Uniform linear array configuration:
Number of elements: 16
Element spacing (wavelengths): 1
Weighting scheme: exponential
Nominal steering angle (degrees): -15
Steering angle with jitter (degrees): -15.708
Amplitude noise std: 0.05
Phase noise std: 0.05

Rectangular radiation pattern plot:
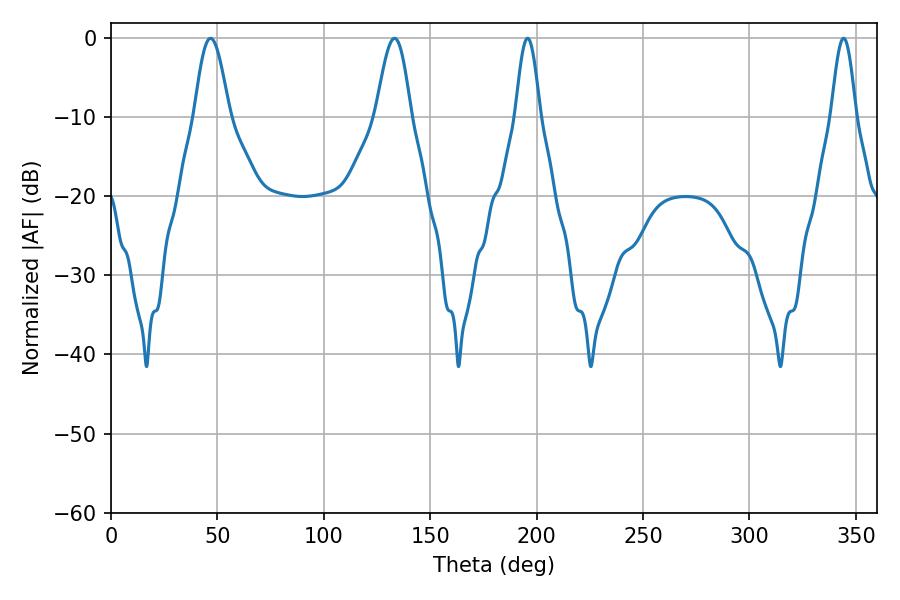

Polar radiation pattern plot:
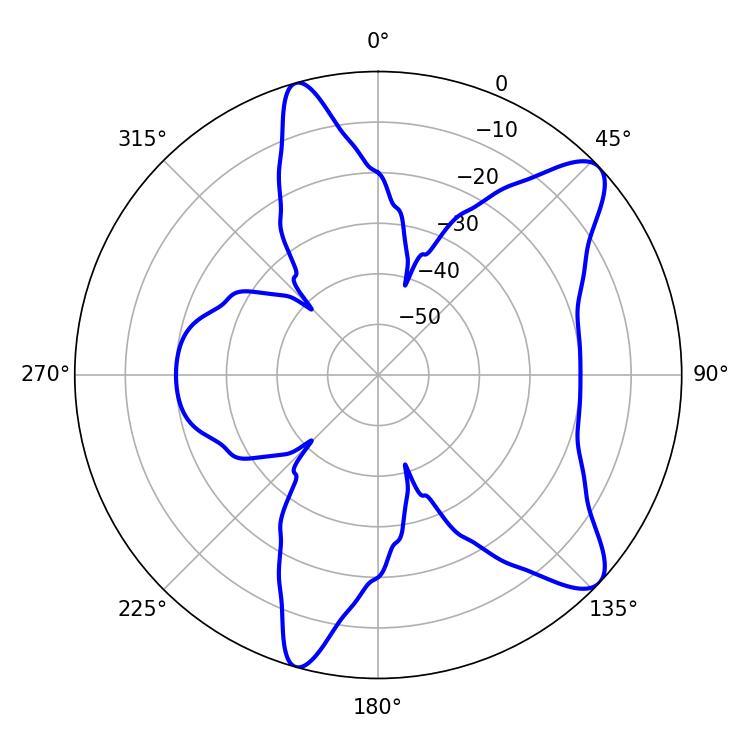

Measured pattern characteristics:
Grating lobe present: TRUE
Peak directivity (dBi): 9.989
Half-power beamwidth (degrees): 8.64
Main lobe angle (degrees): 46.8